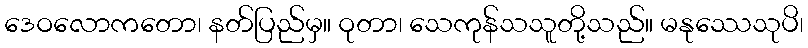
ဒေဝလောကတော၊ နတ်ပြည်မှ။ ဝုတာ၊ သေကုန်သသူတို့သည်။ မနုဿေသုပိ၊